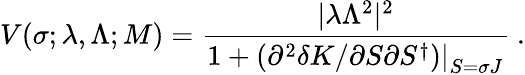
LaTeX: V(\sigma;\lambda,\Lambda;M)=\frac{|\lambda\Lambda^{2}|^{2}}{1+\left.\left(\partial^{2}\delta K/\partial S\partial S^{\dagger}\right)\right|_{S=\sigma J}}\ .